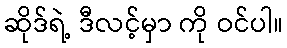
ဆိုဒ်ရဲ့ ဒီလင့်မှာ ကို ဝင်ပါ။